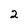
Character: 2